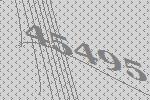
45495